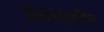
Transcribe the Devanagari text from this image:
फिलिप्प्पिन